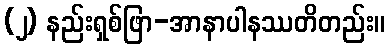
(၂) နည်းရှစ်ဖြာ-အာနာပါနဿတိတည်း။